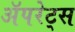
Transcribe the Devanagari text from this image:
अॅपरेट्स